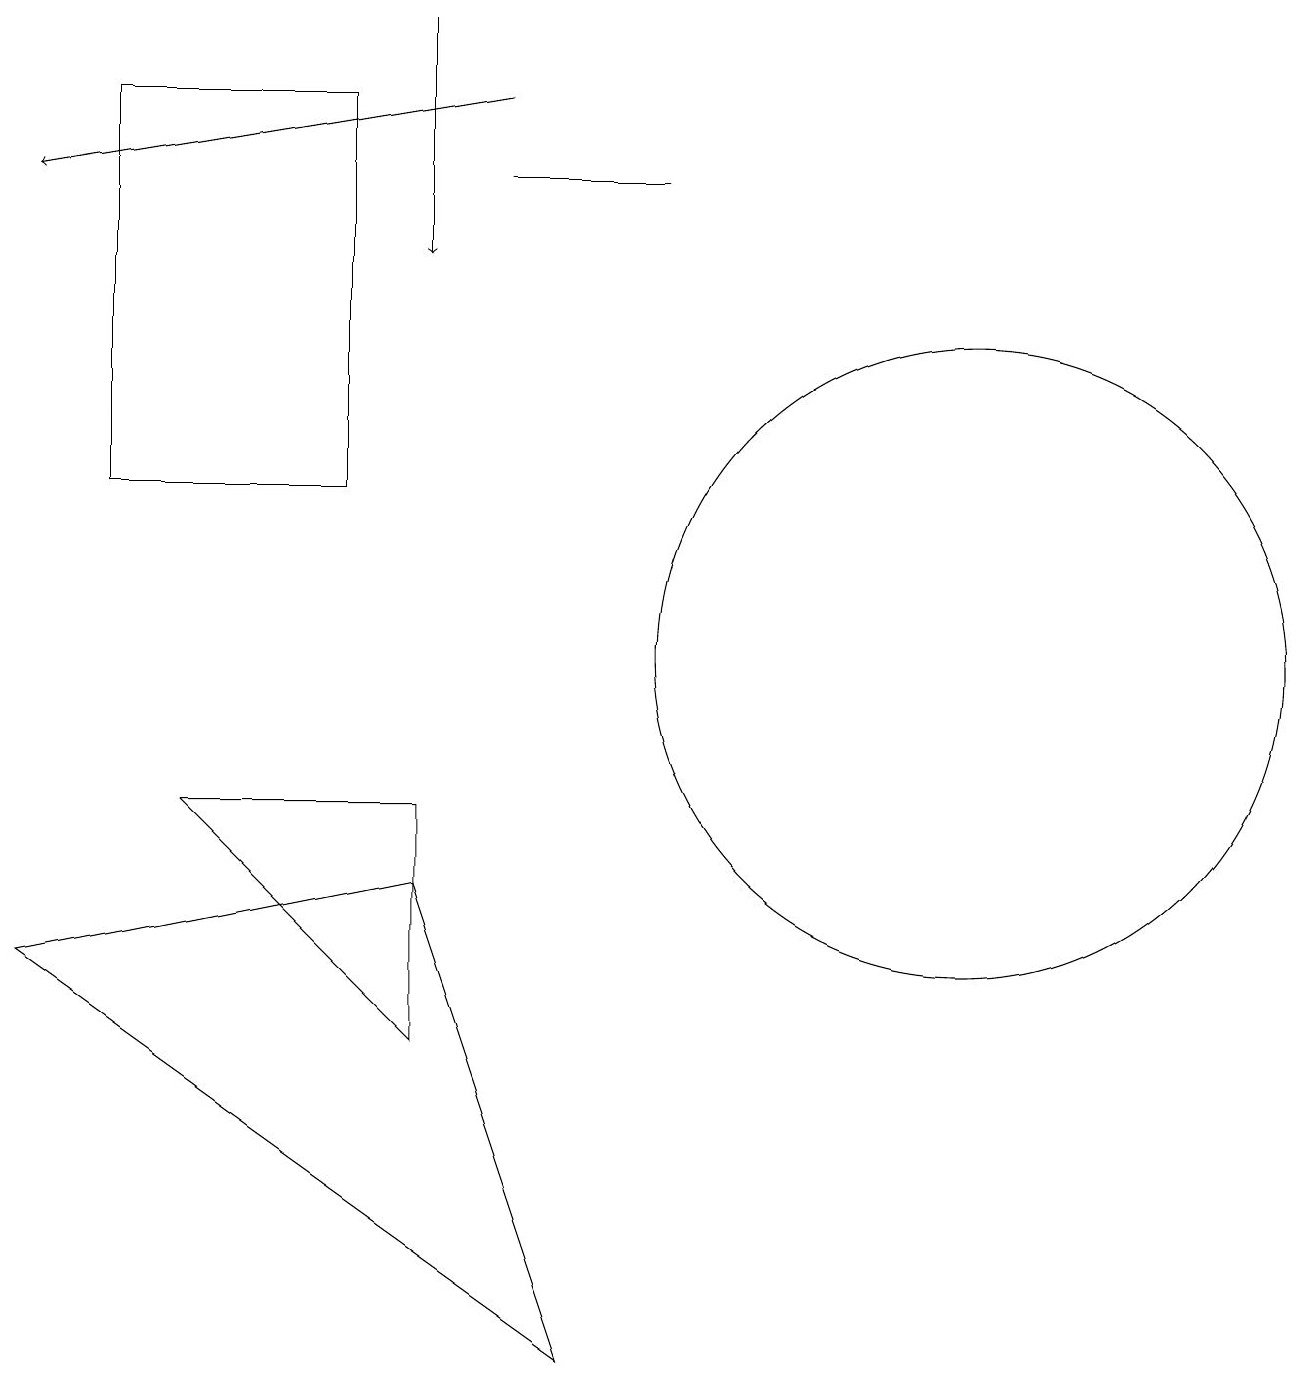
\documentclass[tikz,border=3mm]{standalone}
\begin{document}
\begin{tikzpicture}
\draw (5,7) -- (7,1) -- (0,6) -- cycle;
\draw[->] (6,17) -- (0,16);
\draw (1,17) rectangle (4,12);
\draw[->] (5,18) -- (5,15);
\draw (12,10) circle (4);
\draw (6,16) rectangle (8,16);
\draw (2,8) -- (5,8) -- (5,5) -- cycle;
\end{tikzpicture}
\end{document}